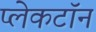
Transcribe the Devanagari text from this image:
प्लेकटॉन